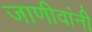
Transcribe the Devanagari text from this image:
जाणीवांनी